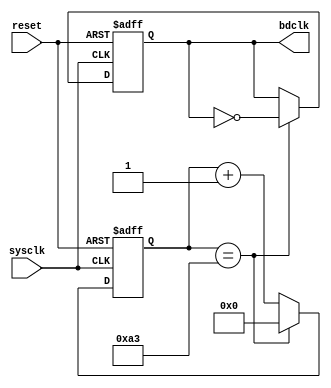
module generator(
	input sysclk,
	input reset,
	output reg bdclk = 0
	);
	
	reg [7:0] status = 0;

	always @(posedge sysclk or negedge reset)
	begin
		if(~reset)
		begin
			bdclk <= 0;
			status <= 0;
		end
		else
		begin
			if(status == 8'd163) begin bdclk <= ~bdclk; status <= 0; end
			else status <= status + 8'd1;
		end
	end
	
endmodule